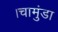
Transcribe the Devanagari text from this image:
।चामुंडा